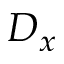
D _ { x }